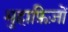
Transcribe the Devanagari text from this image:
मुहाफ़िज़ों